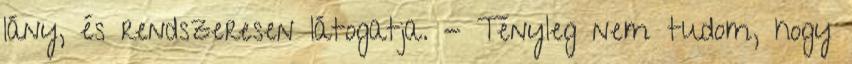
lány, és rendszeresen látogatja. - Tényleg nem tudom, hogy